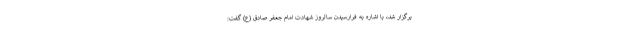
برگزار شد، با اشاره به فرارسیدن سالروز شهادت امام جعفر صادق (ع) گفت: